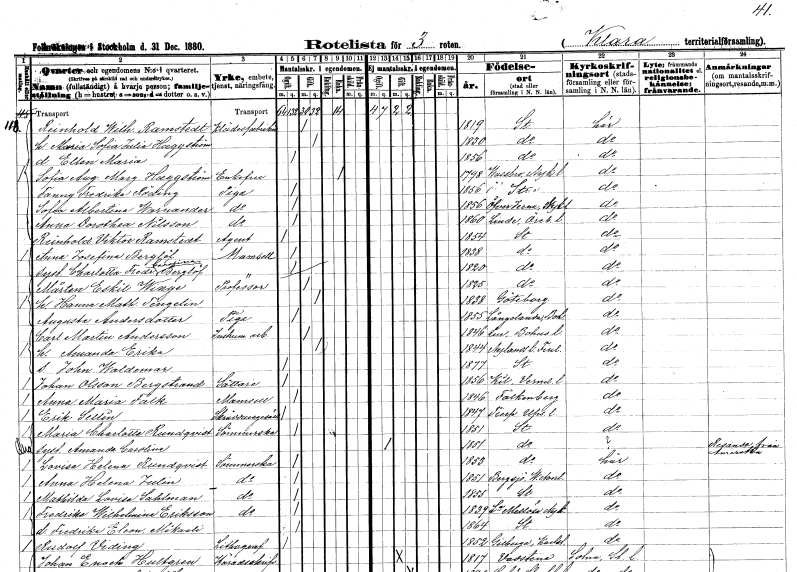
gt_parse: households: individuals: FN: Reinhold Wilhelm
EN: Ramstedt
YRKE: Klädesfabrikörer
KON: M
CIV: G
FODAR: 1819
FODFORS: Stockholm
FN: Maria Sofia Julia
EN: Haggström
KON: K
CIV: G
FODAR: 1830
FODFORS: Stockholm
FN: Ellen Maria
KON: K
CIV: O
FODAR: 1856
FODFORS: Stockholm
FN: Sofia Augusta Margareta
EN: Haggström
KON: K
CIV: E
FODAR: 1798
FODFORS: Vassbro
FN: Fanny Fredrika
EN: Röding
YRKE: Piga
KON: K
CIV: O
FODAR: 1856
FODFORS: Stockholm
FN: Sofia Albertina
EN: Warnander
YRKE: Piga
KON: K
CIV: O
FODAR: 1856
FODFORS: Överjärna Stockholms län
FN: Anna Dorothea
EN: Nilsson
YRKE: Piga
KON: K
CIV: O
FODAR: 1860
FODFORS: Linde bergsförsamling Örebro län
FN: Reinhold Viktor
EN: Ramstedt
YRKE: Agent
KON: M
CIV: O
FODAR: 1854
FODFORS: Stockholm
FN: Anna Josefina
EN: Berglöf
KON: K
CIV: O
FODAR: 1838
FODFORS: Stockholm
FN: Charlotta Fredrika Carolina
EN: Berglöf
KON: K
CIV: O
FODAR: 1820
FODFORS: Stockholm
FN: Mårten Eskil
EN: Winge
YRKE: Professor
KON: M
CIV: G
FODAR: 1825
FODFORS: Stockholm
FN: Hanna Mathilda
EN: Tengelin
KON: K
CIV: G
FODAR: 1838
FODFORS: Göteborg Göteborgs- och Bohuslän
FN: Augusta
EN: Andersdotter
YRKE: Piga
KON: K
CIV: O
FODAR: 1855
FODFORS: Långelanda Göteborgs- och Bohuslän
FN: Carl Martin
EN: Andersson
YRKE: Instrumentarbetare
KON: M
CIV: G
FODAR: 1846
FODFORS: Lur Göteborgs- och Bohuslän
FN: Amanda Erika
KON: K
CIV: G
FODAR: 1844
FN: John Waldemar
KON: M
CIV: O
FODAR: 1877
FODFORS: Stockholm
FN: Johan
EN: Olsson Bergstrand
YRKE: Sättare
KON: M
CIV: O
FODAR: 1856
FODFORS: Kil Värmlands län
FN: Anna Maria
EN: Falk
KON: K
CIV: O
FODAR: 1846
FODFORS: Falkenberg Hallands län
FN: Erik
EN: Sellin
YRKE: Skräddaregesäll
KON: M
CIV: O
FODAR: 1847
FODFORS: Tierp Uppsala län
FN: Maria Charlotta
EN: Rundqvist
YRKE: Sömmerska
KON: K
CIV: O
FODAR: 1851
FODFORS: Stockholm
FN: Amanda Carolina
KON: K
CIV: O
FODAR: 1851
FODFORS: Stockholm
FN: Lovisa Helena
EN: Rundqvist
YRKE: Sömmerska
KON: K
CIV: O
FODAR: 1853
FODFORS: Stockholm
FN: Anna Helena
EN: Julin
YRKE: Sömmerska
KON: K
CIV: O
FODAR: 1851
FODFORS: Bergsjö Gävleborgs län
FN: Mathilda Lovisa
EN: Sahlman
YRKE: Sömmerska
KON: K
CIV: O
FODAR: 1855
FODFORS: Stockholm
FN: Fredrika Wilhelmina
EN: Eriksson
YRKE: Sömmerska
KON: K
CIV: O
FODAR: 1839
FODFORS: Lilla Mellösa Södermanlands län
FN: Fredrika Eleonora Mikaeli
KON: K
CIV: O
FODAR: 1864
FODFORS: Stockholm
FN: Rudolf
EN: Viding
YRKE: Litograf
KON: M
CIV: O
FODAR: 1852
FODFORS: Gillberga Värmlands län
FN: Johan Enoch
EN: Hultgren
YRKE: Häradsskrivare
KON: M
CIV: G
FODAR: 1817
FODFORS: Vadstena Östergötlands län